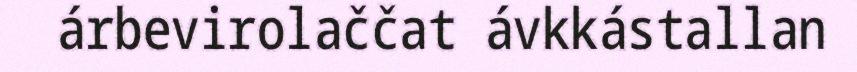
árbevirolaččat ávkkástallan